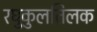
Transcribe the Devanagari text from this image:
रघुकुलतिलक